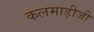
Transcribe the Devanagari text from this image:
कलमाड़ीजी